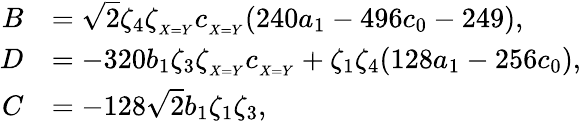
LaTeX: \begin{array}{rl}{B}&{=\sqrt{2}\zeta_{4}\zeta_{_{X=Y}}c_{_{X=Y}}(240a_{1}-496c_{0}-249),}\\ {D}&{=-320b_{1}\zeta_{3}\zeta_{_{X=Y}}c_{_{X=Y}}+\zeta_{1}\zeta_{4}(128a_{1}-256c_{0}),}\\ {C}&{=-128\sqrt{2}b_{1}\zeta_{1}\zeta_{3},}\end{array}